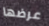
عرضها